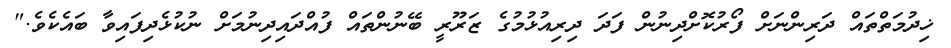
ޚިދުމަތްތައް ދަރިންނަށް ފޯރުކޮށްދިނުން ފަދަ ދިރިއުޅުމުގެ ޒަރޫރީ ބޭނުންތައް ފުއްދައިދިނުމަށް ނުކުޅެދިފައިވާ ބައެކެވެ."